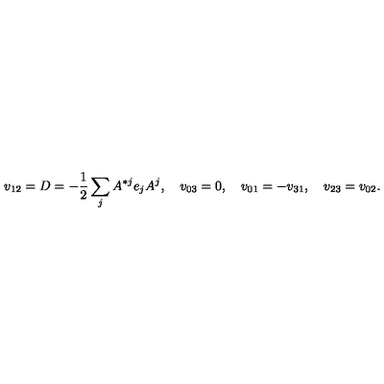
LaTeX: v _ { 1 2 } = D = - { \frac { 1 } { 2 } } \sum _ { j } A ^ { * j } e _ { j } A ^ { j } , \quad v _ { 0 3 } = 0 , \quad v _ { 0 1 } = - v _ { 3 1 } , \quad v _ { 2 3 } = v _ { 0 2 } .